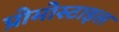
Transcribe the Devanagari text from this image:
प्रोमोस्टाइल